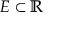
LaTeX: E \subset \mathbb { R }